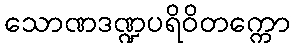
သောဏဒဏ္ဍပရိဝိတက္ကော